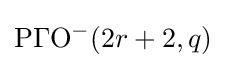
\mathrm {P\Gamma O^{-}} (2r+2,q)